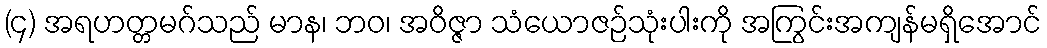
(၄) အရဟတ္တမဂ်သည် မာန၊ ဘဝ၊ အဝိဇ္ဇာ သံယောဇဉ်သုံးပါးကို အကြွင်းအကျန်မရှိအောင်